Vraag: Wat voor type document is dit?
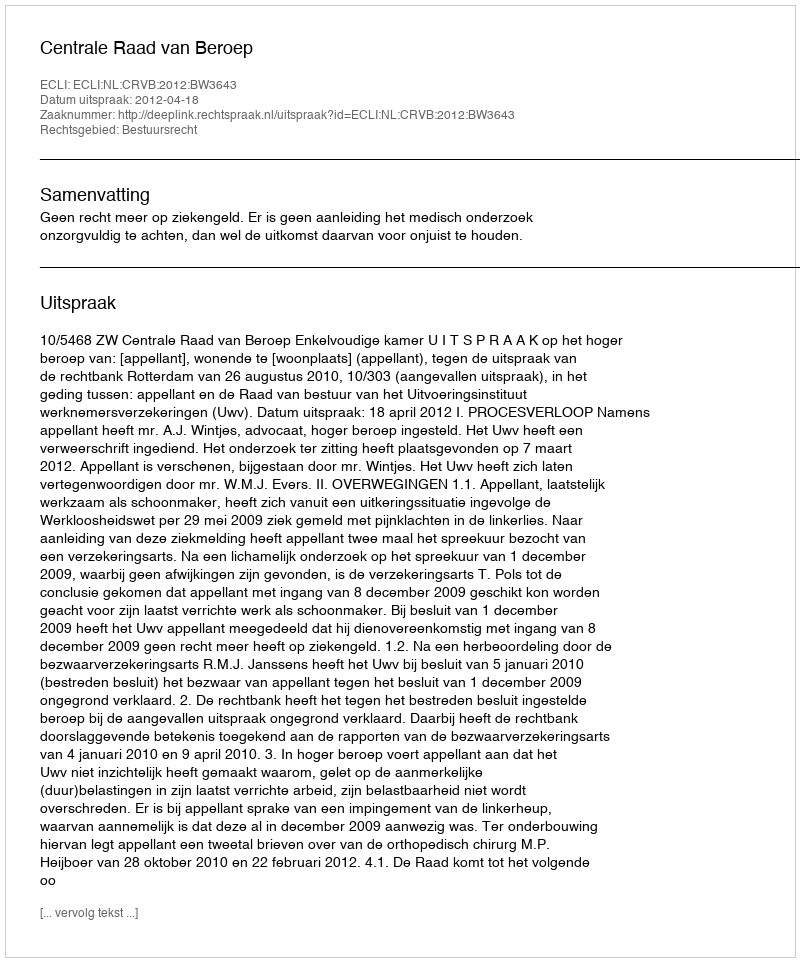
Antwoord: Uitspraak